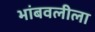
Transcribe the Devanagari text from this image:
भांबवलीला